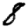
Digit: 8